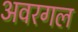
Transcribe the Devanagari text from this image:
अवरगल